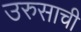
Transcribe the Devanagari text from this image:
उरुसाची